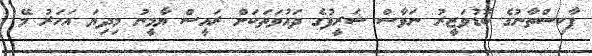
ޕާކިސްތާނުގެ ބޮޑުވަޒީރު ނަވާސް ޝަރީފުގެ ދައުވަތަކަށް ރައީސް ޔާމީނު މިދިޔަ އަހަރު މޭ